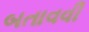
બતાવવી